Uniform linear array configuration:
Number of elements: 12
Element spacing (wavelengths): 0.5
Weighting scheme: exponential
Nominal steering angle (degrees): -30
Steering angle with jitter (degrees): -28.197
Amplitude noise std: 0.05
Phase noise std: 0.05

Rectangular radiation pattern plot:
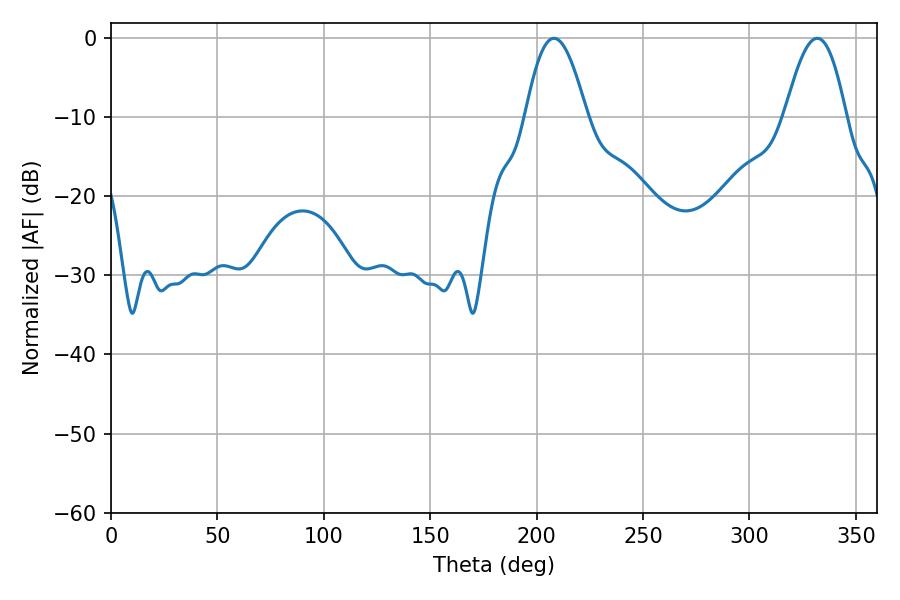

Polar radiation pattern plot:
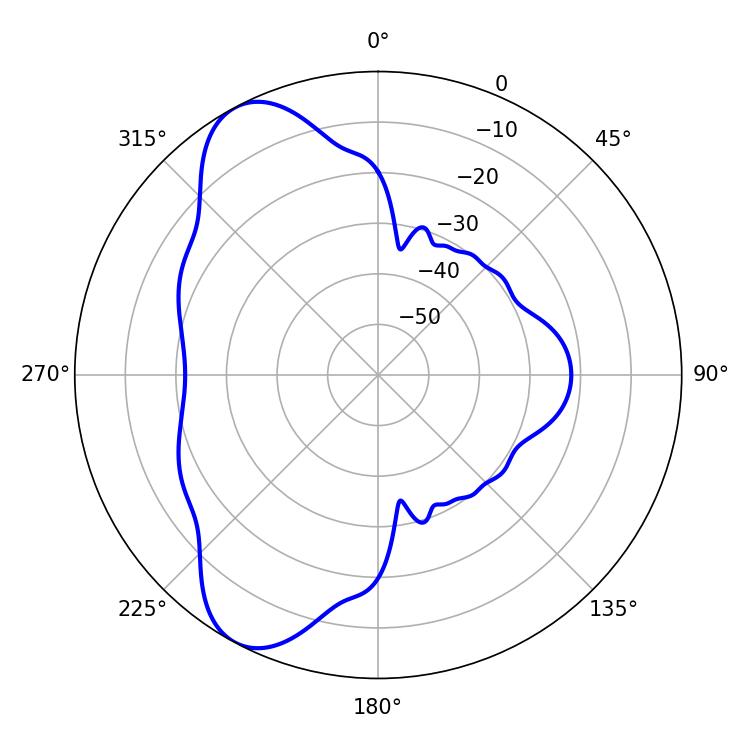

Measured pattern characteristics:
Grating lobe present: FALSE
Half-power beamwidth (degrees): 15.48
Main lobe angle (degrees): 208.08